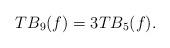
LaTeX: \begin{align*}TB_{9}(f)=3TB_{5}(f).\end{align*}